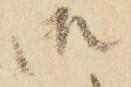
御